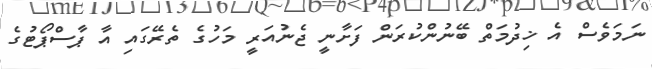
ނަމަވެސް އެ ޚިދުމަތް ބޭނުންކުރަން ފަށާނީ ޖެނުއަރީ މަހުގެ ތެރޭގައި އާ ޕާސްޕޯޓުގެ